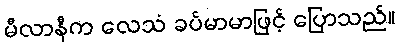
မီလာနီက လေသံ ခပ်မာမာဖြင့် ပြောသည်။